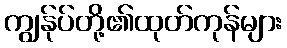
ကျွန်ုပ်တို့၏ထုတ်ကုန်များ